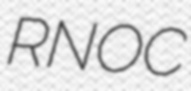
RNOC